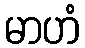
မာဟံ